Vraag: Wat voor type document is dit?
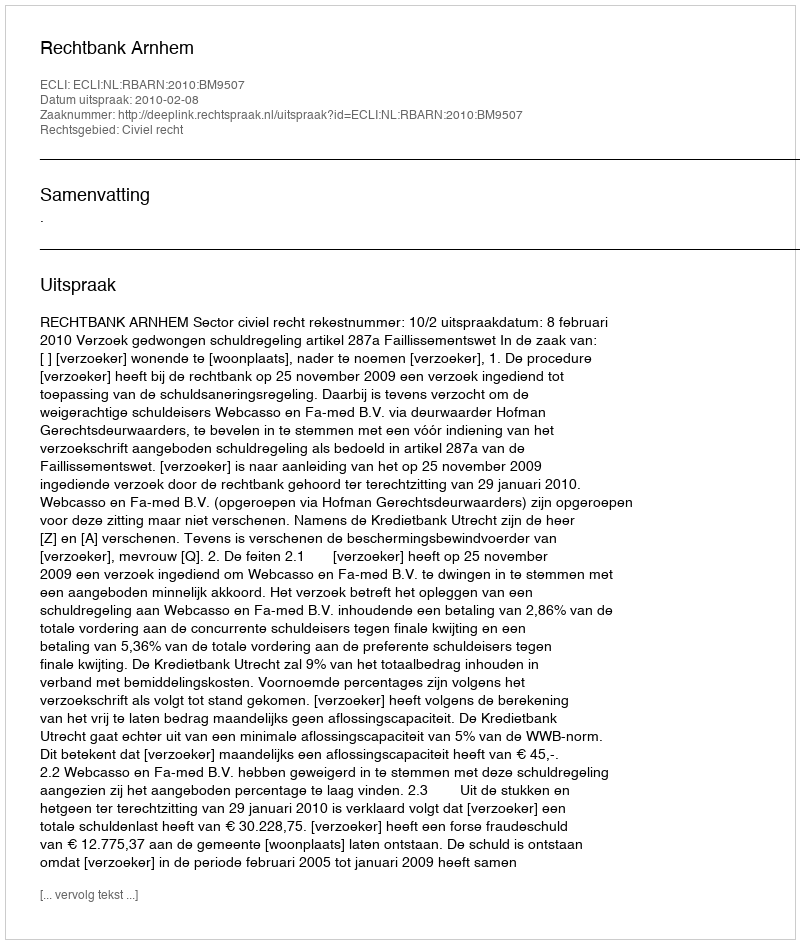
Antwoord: Uitspraak